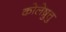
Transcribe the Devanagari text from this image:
कोलेष़ुत्तु